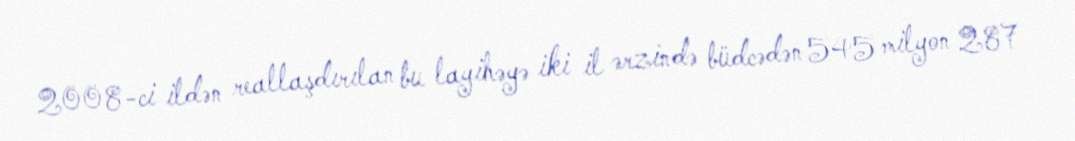
2008-ci ildən reallaşdırılan bu layihəyə iki il ərzində büdcədən 545 milyon 287